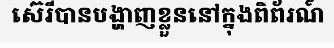
ស៊េរីបានបង្ហាញខ្លួននៅក្នុងពិព័រណ៍